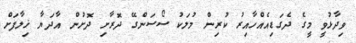
ވިދާޅުވީ މީގެ ދެގަޑިއެއްހާއިރު ކުރިން މުލަކު ސޯސަންގޭ ދޮރާށި ދޮށުން އާދަޔާ ޚިލާފަށް